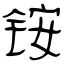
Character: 铵